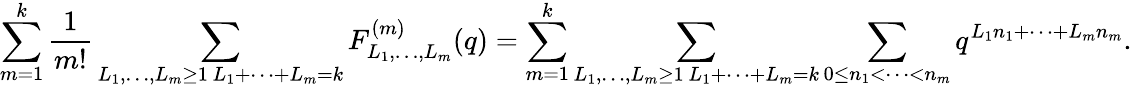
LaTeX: \sum_{m=1}^{k}\frac{1}{m!}\sum_{\substack{L_{1},\dots,L_{m}\geq 1\, L_{1}+\dots+L_{m}=k}}F_{L_{1},\dots,L_{m}}^{(m)}(q)=\sum_{m=1}^{k}\sum_{\substack{L_{1},\dots,L_{m}\geq 1\, L_{1}+\dots+L_{m}=k}}\sum_{0\leq n_{1}<\dots<n_{m}}q^{L_{1}n_{1}+\dots+L_{m}n_{m}}.